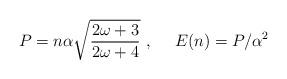
LaTeX: \begin{align*}P=n\alpha\sqrt{\frac{2\omega+3}{2\omega+4}} \ , \ \ \ \ E(n)=P/\alpha^2\end{align*}